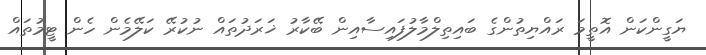
ޔަގީންކަން އޮތީމަ ރައްޔިތުންގެ ބައިތިލްމާލުފައިސާއިން ބޭކާރު ޚަރަދުތައް ނުކުރޭ ކަލޭމެން ހެން ޓީމުތައް